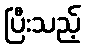
ပြီးသည့်